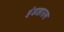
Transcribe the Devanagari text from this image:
इंडाहाउस